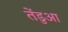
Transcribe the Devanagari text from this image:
तेंडुआ